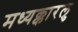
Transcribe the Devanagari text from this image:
मध्यक्कारलु